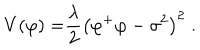
V { ( \varphi ) = } \frac { \lambda } { 2 } \left( \varphi ^ { + } \varphi - \sigma ^ { 2 } \right) ^ { 2 } \; .